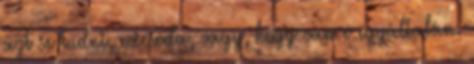
azt se tudni, micsoda, vagy, hogy van e egyáltalán.